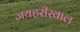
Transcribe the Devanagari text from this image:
जयहरीखाल